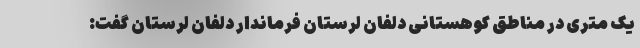
یک متری در مناطق کوهستانی دلفان لرستان فرماندار دلفان لرستان گفت: